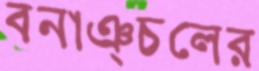
বনাঞ্চলের